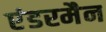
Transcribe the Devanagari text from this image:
एंडरमैन